King Institute of Preventive Medicine Micro-Biological Section reports 1912-19
Year: 1912
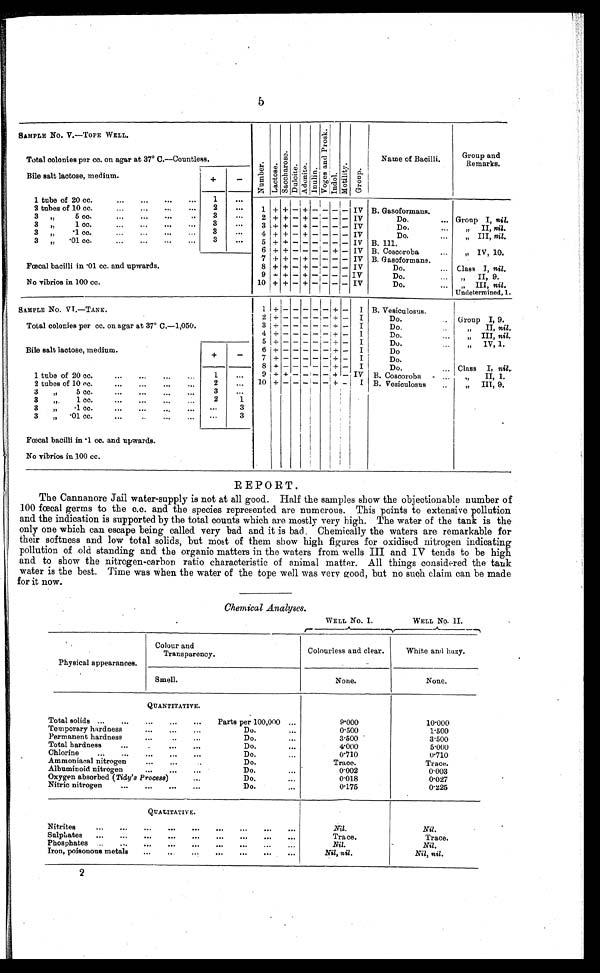
5
SAMPLE NO. V.—TOPE WELL.
Total colonies per cc. on agar at 37° C.-Countless.
1 tube of 20 cc.
1
2 tubes of 10 cc.
2
1 + + − + − − − − IV B. Gasoformans.
3 „ 5 cc.
3
2 + + − + − − − − IV
Do.
Group I, nil.
3 „ 1 cc.
3
3 + + − + − − − − IV
Do.
„ II, nil.
3 „ ·1 cc.
3
4 + + − + − − − − IV
Do.
„ III, nil.
3 „ ·01 cc.
3
5 + + − − − − − − IV B. 111.
6 + + − − − − + − IV B. Coscoroba
„ IV, 10.
7 + + − + − − − − IV B. Gasoformans.
Faecal bacilli in ·01 cc. and upwards.
8 + + − + − − − − IV
Do.
Class I, nil.
9 + + − + − − − − IV
Do.
„ II, 9.
No vibrios in 100 cc.
10 + + − + − − − − IV
Do.
„ III, nil
. U n d e t e r m i n e d , 1 .
SAMPLE No. VT.—TANK.
1
+ −
− −
− − + −
I B. Vesiculosus.
2 + − − − − − + − I
Do.
Group I, 9.
Total colonies per cc. on agar at 37° C.-1,050.
3 + − − − − − + − I
Do.
„ II, nil.
4 + − − − − − + − I
Do.
„ III, nil .
5 + − − − − − + − I
Do.
„ IV, 1.
Bile salt lactose, medium.
6 + − − − − − + − I
Do
+ −
7 + − − −
− − + − I
Do.
8
+ − − − − − + −
I
Do.
Class I, nil.
1 tube of 20 cc.
1
9 + + − − − − + − IV B. Coscoroba
„ II, 1.
2 tubes of 10 cc.
2
10 + − − − − − + − I B. Vesiculosus
„ III, 9.
3 „ 5 cc.
3
3 „ 1 cc.
2
1
3 „ ·1 cc.
3
3 „ ·01 cc.
3
Fœcal bacilli in ·1 cc. and upwards.
No vibrios in 100 cc.
REPORT.
The Cannanore Jail water-supply is not at all good. Half the samples show the objectionable number of
100 fœcal germs to the c.c. and the species represented are numerous. This points to extensive pollution
and the indication is supported by the total counts which are mostly very high. The water of the tank is the
only one which can escape being called very bad and it is bad. Chemically the waters are remarkable for
their softness and low total solids, but most of them show high figures for oxidised nitrogen indicating
pollution of old standing and the organic matters in the waters from wells III and IV tends to be high
and to show the nitrogen-carbon ratio characteristic of animal matter. All things considered the tank
water is the best. Time was when the water of the tope well was very good, but no such claim can be made
for it now.
Chemical Analyses.
WELL NO. I.
WELL No. II.
Colour and
Transparency.
Colourless and clear.
White and hazy.
Smell.
None.
None.
Total solids
Parts per 100,000
9·000
10·000
Temporary hardness
Do.
0·500
1·500
Permanent hardness
Do.
3·500
3·500
Total hardness
Do.
4·000
5·000
Chlorine
Do.
0·710
0·710
Ammoniacal nitrogen
Do.
Trace.
Trace.
Albuminoid nitrogen
Do.
0·002
0·003
Oxygen absorbed ( Tidy' s Process)
Do.
0·018
0·027
Nitric nitrogen
Do.
0·175
0·225
QUALITATIVE.
Nil .
Nil .
Trace.
Trace.
Nil.
Nil.
Nil, nil .
Nil, nil .